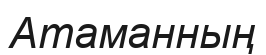
Атаманның